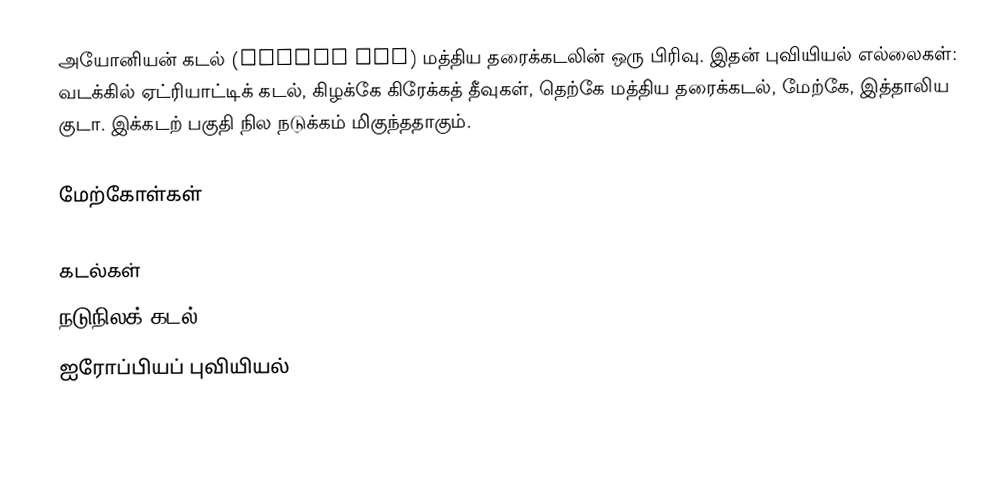
அயோனியன் கடல் (Ionian Sea) மத்திய தரைக்கடலின் ஒரு பிரிவு. இதன் புவியியல் எல்லைகள்: வடக்கில் ஏட்ரியாட்டிக் கடல், கிழக்கே கிரேக்கத் தீவுகள், தெற்கே மத்திய தரைக்கடல், மேற்கே, இத்தாலிய குடா. இக்கடற் பகுதி நில நடுக்கம் மிகுந்ததாகும்.

மேற்கோள்கள்

கடல்கள்
நடுநிலக் கடல்
ஐரோப்பியப் புவியியல்